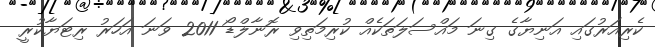
ކެރިއަރުގައި އަނިޔާގެ ގިނަ މައްސަލަތަކެއް ކުރިމަތިވި ރޮނާލްޑޯ 2011 ވަނަ އަހަރު ރިޓަޔާކުރީ